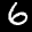
Label: 6